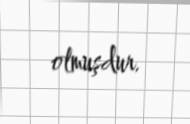
olmuşdur.